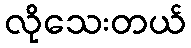
လိုသေးတယ်